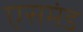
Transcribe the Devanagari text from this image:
एसमंड